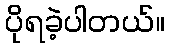
ပိုရခဲ့ပါတယ်။